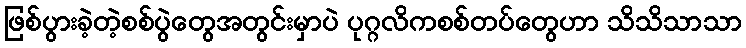
ဖြစ်ပွားခဲ့တဲ့စစ်ပွဲတွေအတွင်းမှာပဲ ပုဂ္ဂလိကစစ်တပ်တွေဟာ သိသိသာသာ